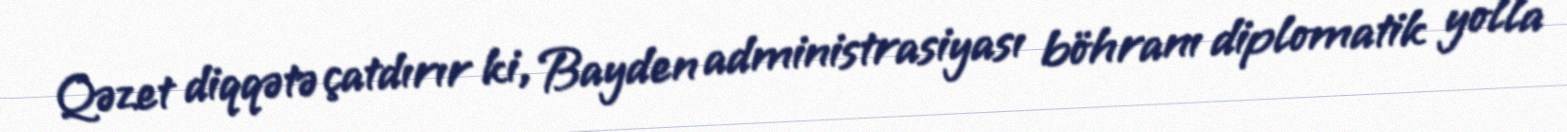
Qəzet diqqətə çatdırır ki, Bayden administrasiyası böhranı diplomatik yolla